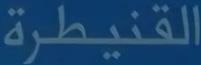
القنيطرة